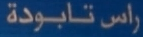
راس تابودة